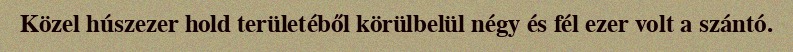
Közel húszezer hold területéből körülbelül négy és fél ezer volt a szántó.